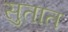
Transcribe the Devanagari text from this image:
सुतात